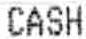
CASH